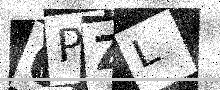
Text: 0PZL